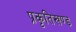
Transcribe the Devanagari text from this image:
प्रकृतिखण्ड